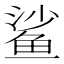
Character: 鲨